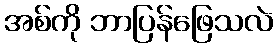
အစ်ကို ဘာပြန်ဖြေသလဲ